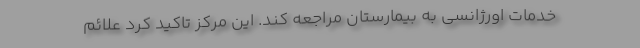
خدمات اورژانسی به بیمارستان مراجعه کند. این مرکز تاکید کرد علائم